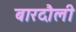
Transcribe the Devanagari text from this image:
बारदौली